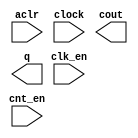
module COUNTER (
	aclr,
	clk_en,
	clock,
	cnt_en,
	cout,
	q);

	input	  aclr;
	input	  clk_en;
	input	  clock;
	input	  cnt_en;
	output	  cout;
	output	[7:0]  q;

endmodule